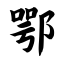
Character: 鄂